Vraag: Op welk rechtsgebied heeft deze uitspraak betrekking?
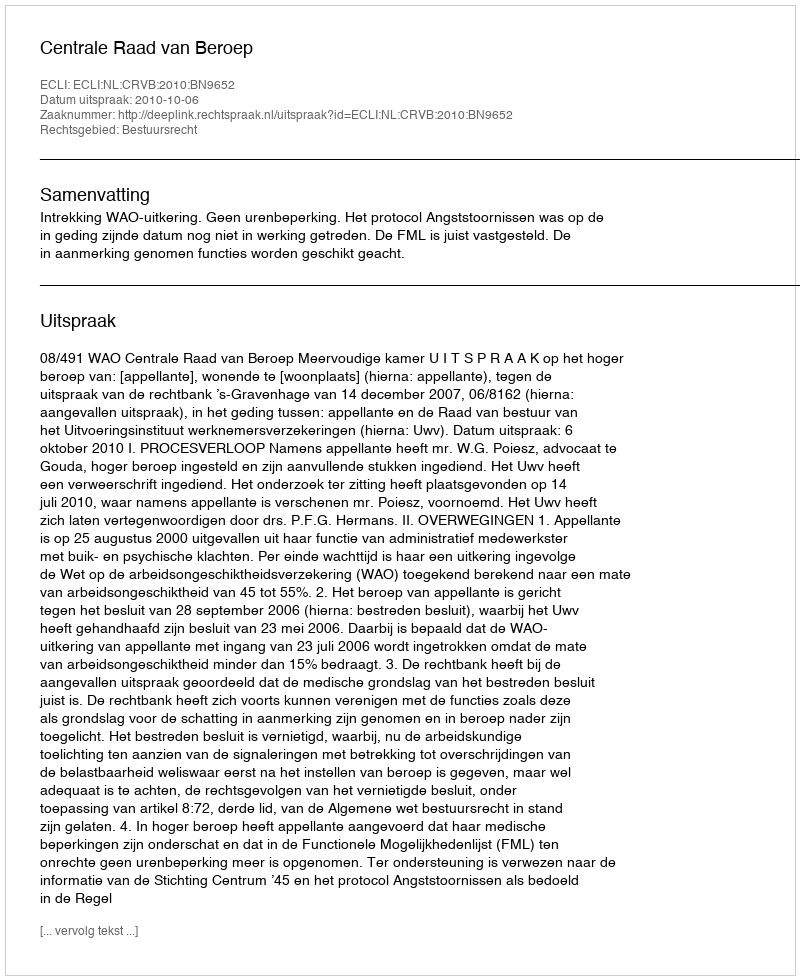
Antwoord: Bestuursrecht